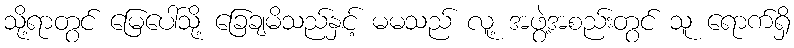
သို့ရာတွင် မြေပေါ်သို့ ခြေချမိသည်နှင့် မမသည် လူ့ အဖွဲ့အစည်းတွင် သူ ရောက်ရှိ